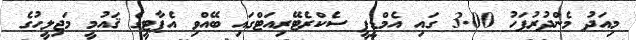
މިއަދު މެންދުރުފަހު 3.00 ގައި އެމްޑީޕީ ސެކްރެޓޭރިއަޓްގައި ބޭއްވި އެޕާޓީގެ ޤައުމީ މަޖިލީހުގެ